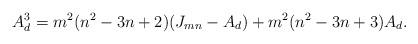
LaTeX: \begin{align*}A_d^3 = m^2 (n^2-3n+2)(J_{mn}-A_d) + m^2(n^2-3n+3)A_d.\end{align*}